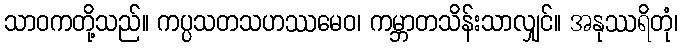
သာဝကတို့သည်။ ကပ္ပသတသဟဿမေဝ၊ ကမ္ဘာတသိန်းသာလျှင်။ အနုဿရိတုံ၊